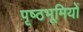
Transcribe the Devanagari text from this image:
पृष्‍ठभूमियों